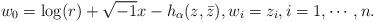
LaTeX: \begin{align*}w_0=\log(r)+\sqrt{-1}x-h_\alpha(z, \bar z), w_i=z_i, i=1, \cdots, n.\end{align*}